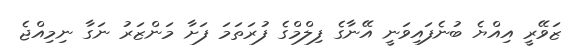
ޒަވޭރީ އިއްޔެ ބުނެފައިވަނީ އޭނާގެ ފިލްމްގެ ފުރަތަމަ ފަށާ މަންޒަރު ނަގާ ނިމިއްޖެ